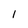
Character: I